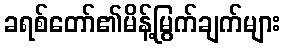
ခရစ်တော်၏မိန့်မြွက်ချက်များ